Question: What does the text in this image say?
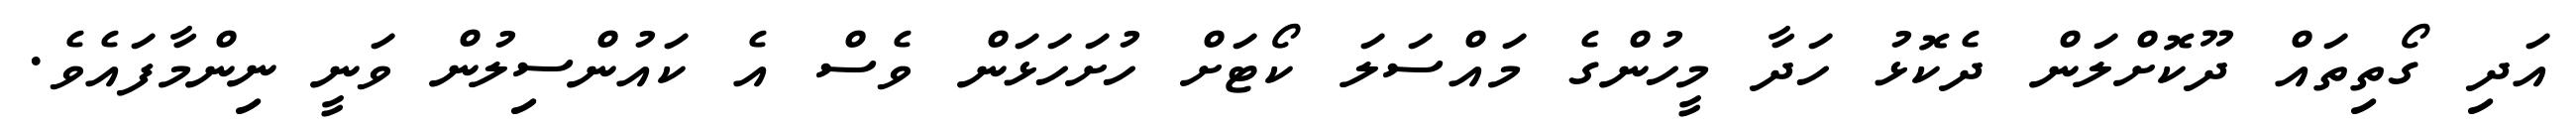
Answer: އަދި ގޯތިތައް ދޫކޮށްލަން ދެކޮޅު ހަދާ މީހުންގެ މައްސަލަ ކޯޓަށް ހުށަހަޅަން ވެސް އެ ކައުންސިލުން ވަނީ ނިންމާފައެވެ.